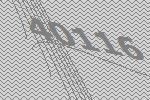
40116